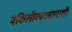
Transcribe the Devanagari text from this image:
वकिलीव्यवसायाशी